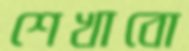
শেখাবো